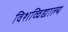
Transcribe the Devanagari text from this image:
विशव्विद्याल्य